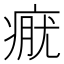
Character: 𤷊